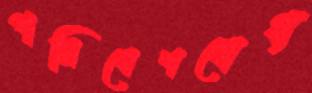
পরিবেশযোগ্য